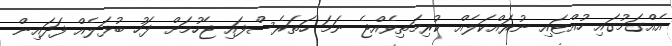
އެއްގަމުގައި ހުއްޓައި ނުރައްކަލެއް ކުރިމަތިވެއްޖެ ނަމަ ހަތަރެސްފައި ޖެހުމަށް ފަހު ބުޅަލެއް ފަދައިން